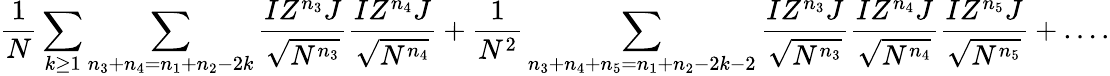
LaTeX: \frac{1}{N}\sum_{k\geq 1}\sum_{n_{3}+n_{4}=n_{1}+n_{2}-2k}\frac{IZ^{n_{3}}J}{\sqrt{N^{n_{3}}}}\frac{IZ^{n_{4}}J}{\sqrt{N^{n_{4}}}}+\frac{1}{N^{2}}\sum_{n_{3}+n_{4}+n_{5}=n_{1}+n_{2}-2k-2}\frac{IZ^{n_{3}}J}{\sqrt{N^{n_{3}}}}\frac{IZ^{n_{4}}J}{\sqrt{N^{n_{4}}}}\frac{IZ^{n_{5}}J}{\sqrt{N^{n_{5}}}}+\dots.